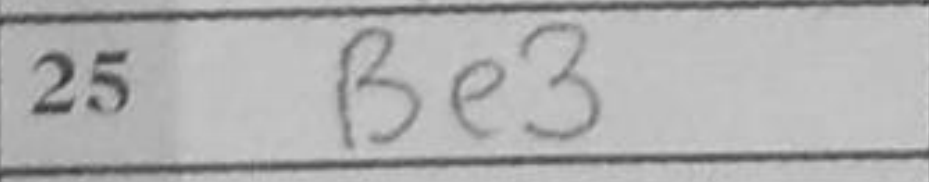
Transcription: Be3